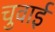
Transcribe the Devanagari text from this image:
चुवाई